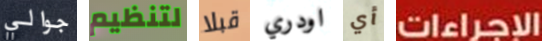
جوالي لتنظيم قبلا اودري أي الإجراءات